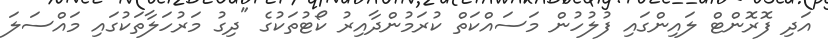
އަދި ފޮރޮންޓް ލައިންގައި ފުލުހުން މަސައްކަތް ކުރަމުންދާއިރު ކޯޓުތަކުގެ "ދިގު މަރުހަލާތަކުގައި މައްސަލަ